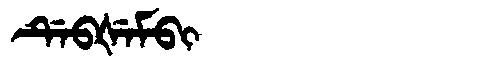
Manchu: ᡩᡝᠪᡧᡝᠮᠪᡳ
Romanization: DEBŠEMBI